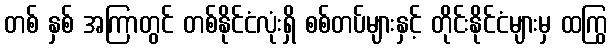
တစ် နှစ် အကြာတွင် တစ်နိုင်ငံလုံးရှိ စစ်တပ်များနှင့် တိုင်းနိုင်ငံများမှ ထကြွ